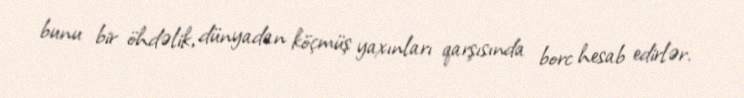
bunu bir öhdəlik, dünyadan köçmüş yaxınları qarşısında borc hesab edirlər.